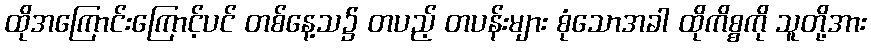
ထိုအကြောင်းကြောင့်ပင် တစ်နေ့သ၌ တပည့် တပန်းများ စုံသောအခါ ထိုကိစ္စကို သူတို့အား